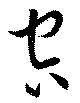
空